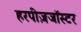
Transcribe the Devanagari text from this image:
हरपीज़जॉस्टर